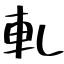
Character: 軋